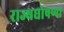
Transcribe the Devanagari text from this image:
राज्यघोषणा